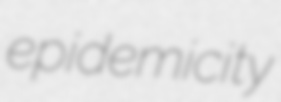
epidemicity